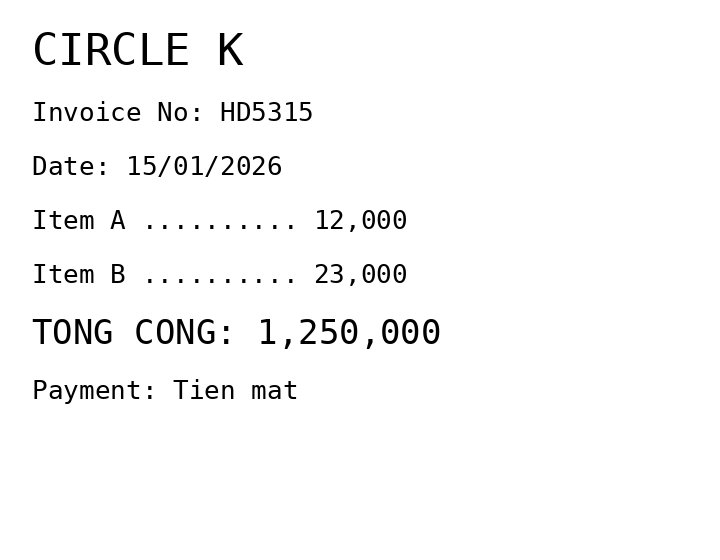
CIRCLE K
Invoice No: HD5315
Date: 15/01/2026
Item A .......... 12,000
Item B .......... 23,000
TONG CONG: 1,250,000
Payment: Tien mat
Merchant: circle k
Date: 2026-01-15
Total: 1250000
Invoice No: HD5315
Payment method: CASH